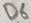
Text: D6